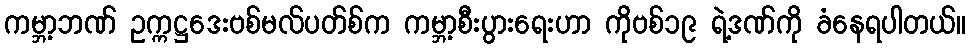
ကမ္ဘာ့ဘဏ် ဥက္ကဋ္ဌဒေးဗစ်မလ်ပတ်စ်က ကမ္ဘာ့စီးပွားရေးဟာ ကိုဗစ်၁၉ ရဲ့ဒဏ်ကို ခံနေရပါတယ်။